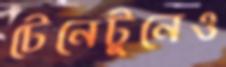
টেনেটুনেও